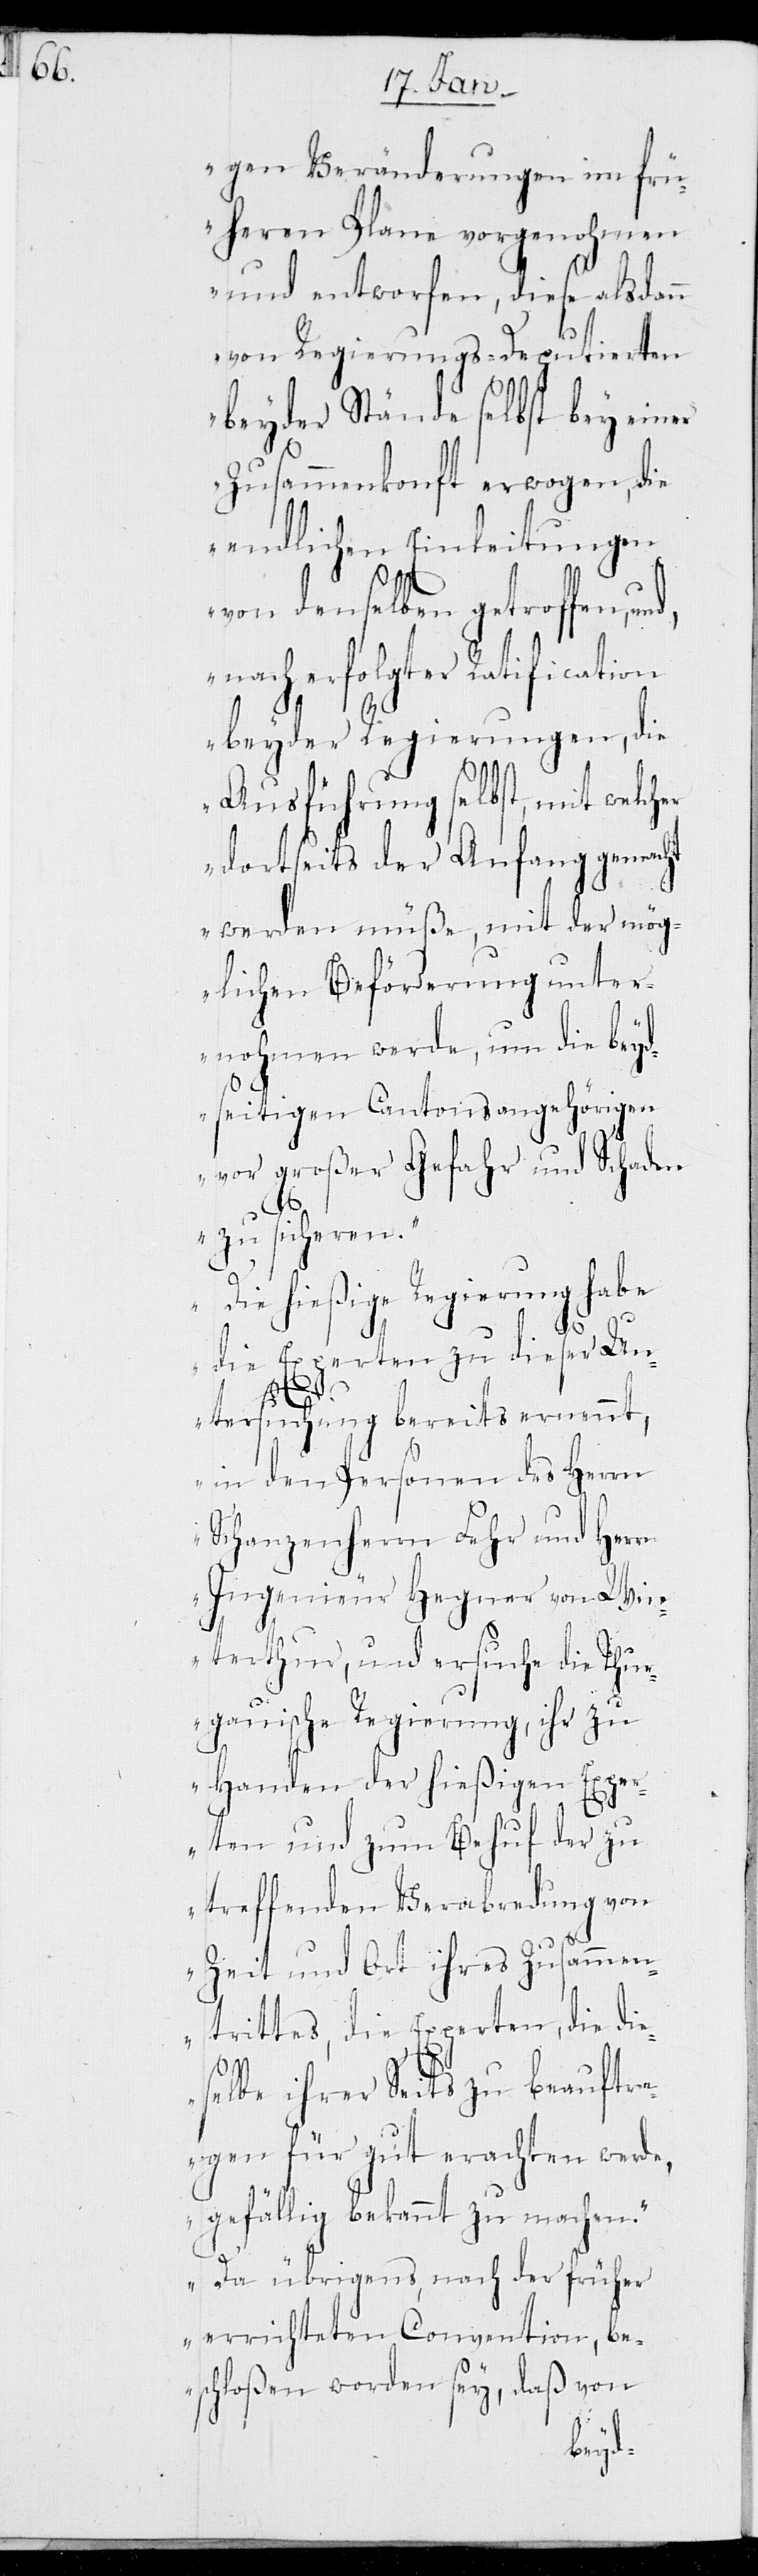
gen Veränderungen im frü¬
heren Plane vorgenohmen
und entworfen, diese alsdann
von Regierungs-Deputierten
beyder Stände selbst bey einer
Zusammenkonft erwogen, die
endlichen Einleitungen
von denselben getroffen,
nach erfolgter Ratification
beyder Regierungen, die
Ausführung selbst, mit welch¬
dortseits der Anfang gemacht
werden müße, mit der mög¬
lichen Beförderung unter¬
nohmen werde, um die beyd¬
seitigen Cantonsangehörigen
vor großer Gefahr und Schaden
zu sicheren.
Die hießige Regierung habe
die Experten zu dieser Un¬
er
tersuchung bereits ernennt,
in den Personen des Herrn
Schanzenherrn Fehr und Herr
Ingenieur Hegner von Win¬
terthur, und ersuche die Thur¬
gauische Regierung, ihr zu
Handen der hießigen Expe¬
rten und zum Behuf der zu
treffenden Verabredung von
Zeit und Ort ihres Zusammen¬
trittes, die Experten, die die¬
selbe ihrer Seits zu beauftra¬
gen für gut erachten werde,
gefällig bekannt zu machen,
da übrigens, nach der früher
errichteten Convention, be¬
schloßen worden sey, daß von